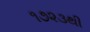
૧૭૨૩થી